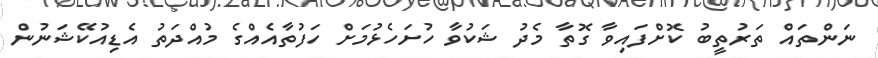
ނަންތައް ތަރުތީބު ކޮށްފައިވާ ގޮތާ މެދު ޝަކުވާ ހުށަހެޅުމަށް ހަފުތާއެއްގެ މުއްދަތު އެޑިއުކޭޝަނުން